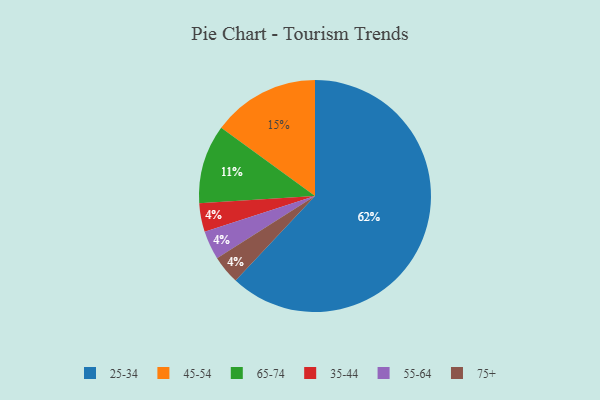
{"axis": {"x": "Category", "y": "Percentage"}, "legend": ["25-34", "35-44", "45-54", "55-64", "65-74", "75+"], "data": [{"x": "35-44", "y": 4, "type": "35-44"}, {"x": "45-54", "y": 15, "type": "45-54"}, {"x": "25-34", "y": 62, "type": "25-34"}, {"x": "65-74", "y": 11, "type": "65-74"}, {"x": "55-64", "y": 4, "type": "55-64"}, {"x": "75+", "y": 4, "type": "75+"}]}